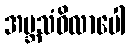
အဗ္ဘသံဝိလာပေါ